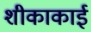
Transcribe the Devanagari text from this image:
शीकाकाई